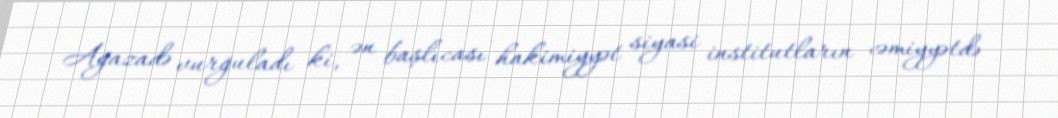
Ağazadə vurğuladı ki, ən başlıcası hakimiyyət siyasi institutların cəmiyyətdə